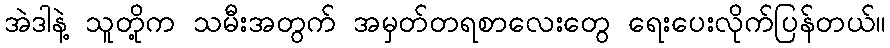
အဲဒါနဲ့ သူတို့က သမီးအတွက် အမှတ်တရစာလေးတွေ ရေးပေးလိုက်ပြန်တယ်။